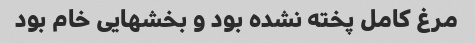
مرغ کامل پخته نشده بود و بخشهایی خام بود